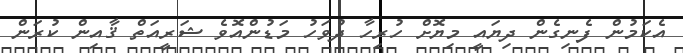
އެކަމުން ފެނިގެން ދިޔައީ މިޔޮށް ހުރިހާ ދުވަހު މަޑުންއޮވެ ޝަރީއަތް ޤާއިން ކުރަން